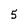
Character: 5